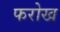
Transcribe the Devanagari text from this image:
फरोख